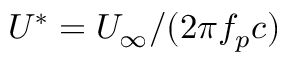
U ^ { * } = U _ { \infty } / ( 2 \pi f _ { p } c )